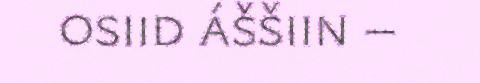
osiid áššiin –